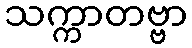
သက္ကာတဗ္ဗာ